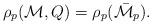
LaTeX: \begin{align*}\rho_p(\mathcal M, Q) = \rho_p(\bar {\mathcal M}_p). \end{align*}